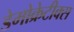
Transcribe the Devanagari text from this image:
डेमोक्रेटीक्स